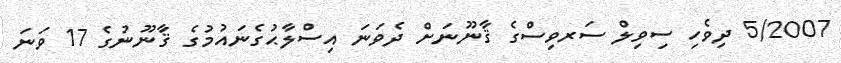
5/2007 ދިވެހި ސިވިލް ސަރވިސްގެ ޤާނޫނަށް ދެވަނަ އިސްލާޙުގެނައުމުގެ ޤާނޫނުގެ 17 ވަނަ